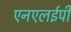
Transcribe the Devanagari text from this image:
एनएलईपी